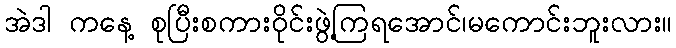
အဲဒါ ကနေ့ စုပြီးစကားဝိုင်းဖွဲ့ကြရအောင်၊မကောင်းဘူးလား။